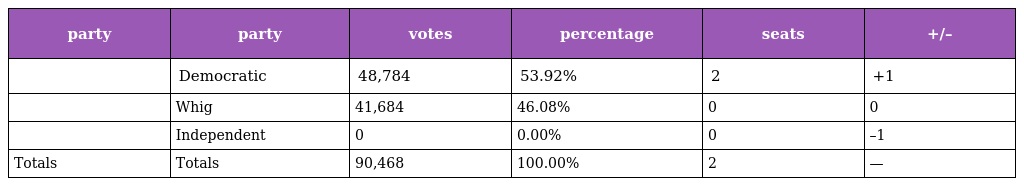
| party | party | votes | percentage | seats | +/– |
 | --- | --- | --- | --- | --- | --- |
 |  | Democratic | 48,784 | 53.92% | 2 | +1 |
 |  | Whig | 41,684 | 46.08% | 0 | 0 |
 |  | Independent | 0 | 0.00% | 0 | –1 |
 | Totals | Totals | 90,468 | 100.00% | 2 | — |